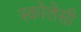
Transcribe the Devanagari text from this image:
स्कोलेसी